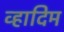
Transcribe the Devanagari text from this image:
व्हादिम